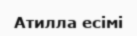
Атилла есімі